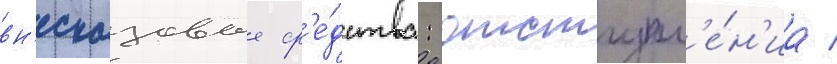
вн'есказовые ср'е́дства: отступл'е́н'иа /